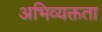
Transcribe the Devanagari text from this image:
अभिव्यक्तता